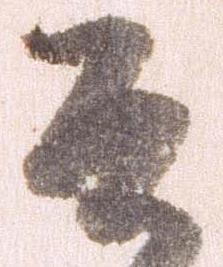
そ